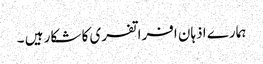
ہمارے اذہان افراتفری کا شکار ہیں ۔